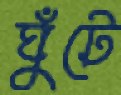
ঘুঁটে